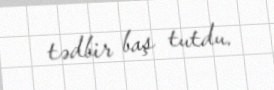
tədbir baş tutdu.